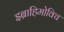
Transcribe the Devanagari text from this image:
इब्राहिमोविच